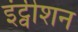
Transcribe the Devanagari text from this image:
इंट्वीशन